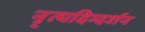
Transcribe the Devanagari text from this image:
नृ्त्यदिग्दर्शन